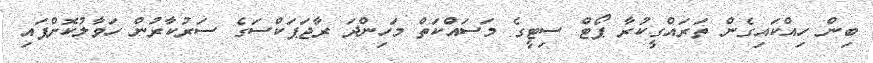
ބިން ހިއްކައިގެން ތަރައްގީކުރާ ޕޯޓް ސިޓީގެ މަސައްކަތް މަހިންދަ ރާޖަޕަކްސަގެ ސަރުކާރުން ހަވާލުކޮށްފައި